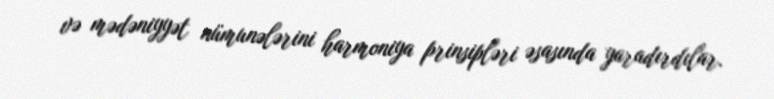
və mədəniyyət nümunələrini harmoniya prinsipləri əsasında yaradırdılar.